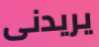
يريدنى